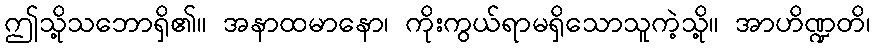
ဤသို့သဘောရှိ၏။ အနာထမာနော၊ ကိုးကွယ်ရာမရှိသောသူကဲ့သို့။ အာဟိဏ္ဍတိ၊